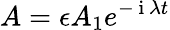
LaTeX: A=\epsilon A_{1}e^{-\mathrm{~i~}\lambda t}